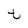
Character: t